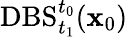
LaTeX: \mathrm{DBS}_{t_{1}}^{t_{0}}(\mathbf{x}_{0})